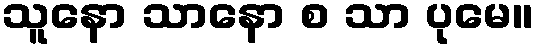
သူနော သာနော စ သာ ပုမေ။